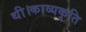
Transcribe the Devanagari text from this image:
थी।काव्यकृति